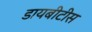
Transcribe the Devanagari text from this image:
डायबीटीस